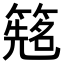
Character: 𬕰